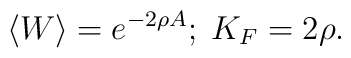
\langle W \rangle = e^{-2\rho A};\;K_F = 2\rho.